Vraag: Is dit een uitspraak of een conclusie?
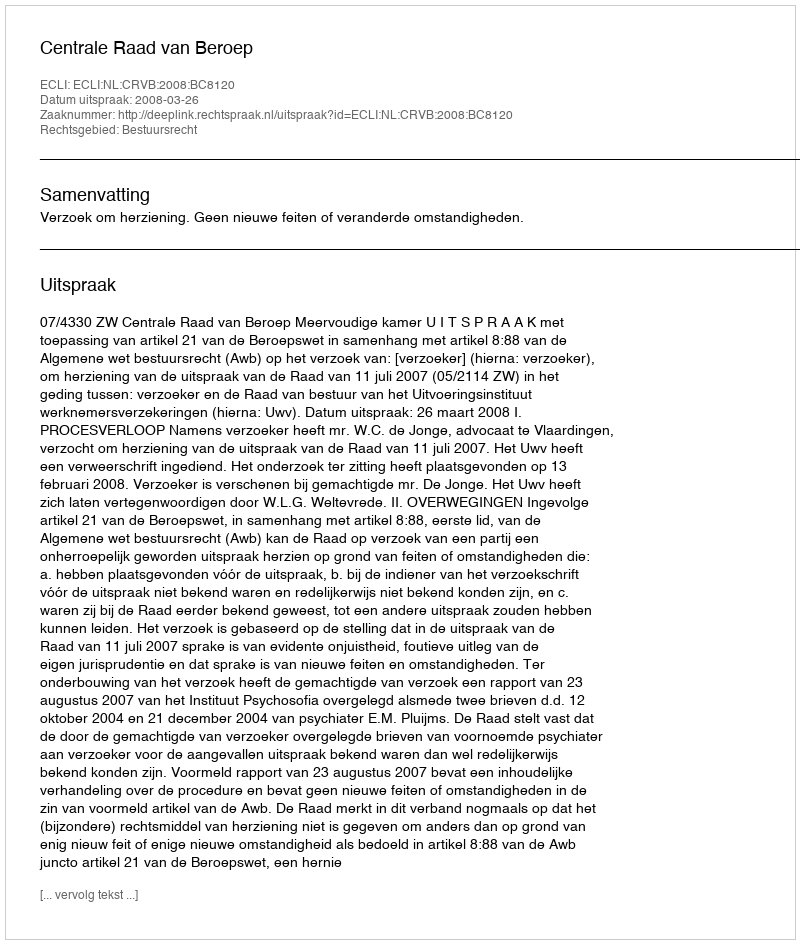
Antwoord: Uitspraak